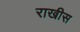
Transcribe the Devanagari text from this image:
राखीस